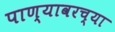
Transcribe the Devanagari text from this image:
पाण्यावरच्या